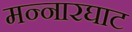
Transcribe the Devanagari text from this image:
मन्नारघाट